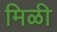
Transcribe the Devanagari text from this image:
मिळी